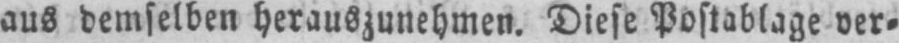
aus demselben herauszunehmen. Diese Postablage ver⸗